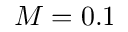
M = 0 . 1